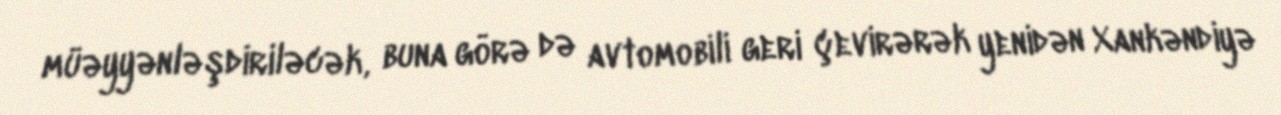
müəyyənləşdiriləcək, buna görə də avtomobili geri çevirərək yenidən Xankəndiyə